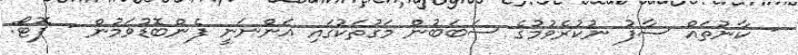
- ކާނުތައް ސާފު ނުކުރެވުމުގެ ސަބަބުން މަގުތަކުގައި އަންނަނީ ފެންބޮޑުވަމުން - ފޮޓޯ: